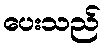
ပေးသည်